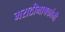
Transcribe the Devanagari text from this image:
मराठीभाषकांनी